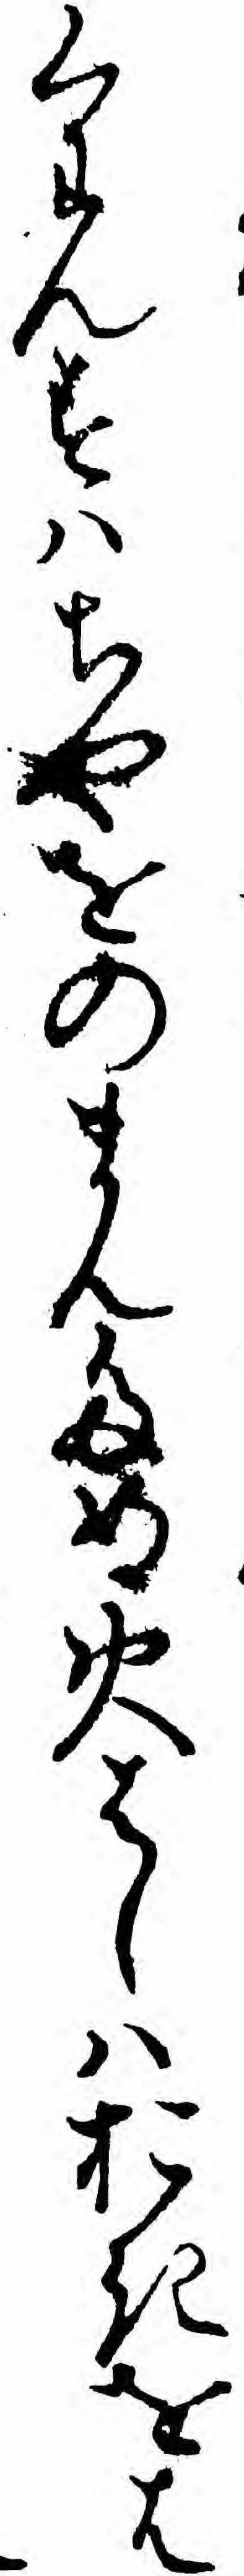
くわんすハちやをのまんため火はしハおきをは